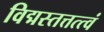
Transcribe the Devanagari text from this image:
विद्मस्तत्तत्त्वं